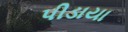
પીડાયા